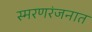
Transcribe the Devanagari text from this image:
स्मरणरंजनात